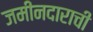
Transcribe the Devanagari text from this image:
जमीनदाराची